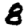
Digit: 8